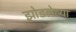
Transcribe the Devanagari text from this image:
झोडलेल्या